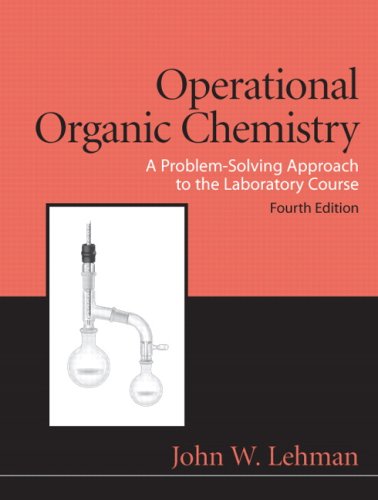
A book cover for Operational Organic Chemistry (4th Edition); John W. Lehman; Science & Math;